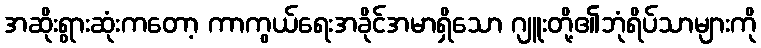
အဆိုးရွားဆုံးကတော့ ကာကွယ်ရေးအခိုင်အမာရှိသော ဂျူးတို့၏ဘုံရိပ်သာများကို